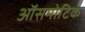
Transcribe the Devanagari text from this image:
ऑसमोटिक